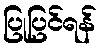
ပြုပြင်ရန်